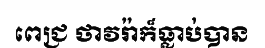
ពេជ្រ ថាវរ៉ាក៏ធ្លាប់បាន